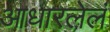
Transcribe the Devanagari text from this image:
आधारलेलं